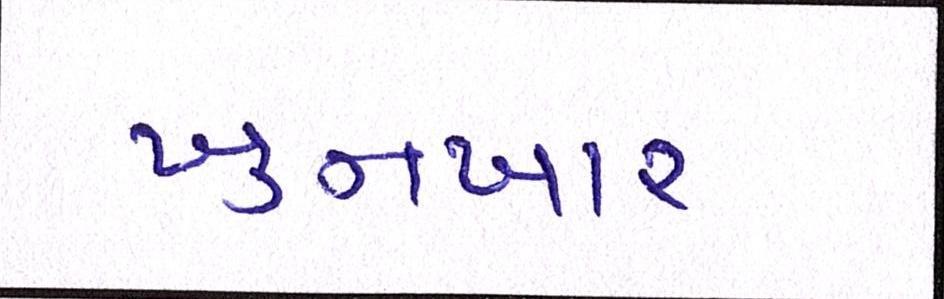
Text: ખુનખાર